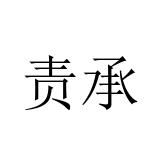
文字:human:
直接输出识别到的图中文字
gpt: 责承